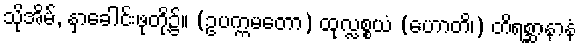
သိုအိမ်, နှာခေါင်းဖုတို့၌။ (ဥပက္ကမတော) ထုလ္လစ္စယံ (ဟောတိ၊) တိရစ္ဆာနာနံ